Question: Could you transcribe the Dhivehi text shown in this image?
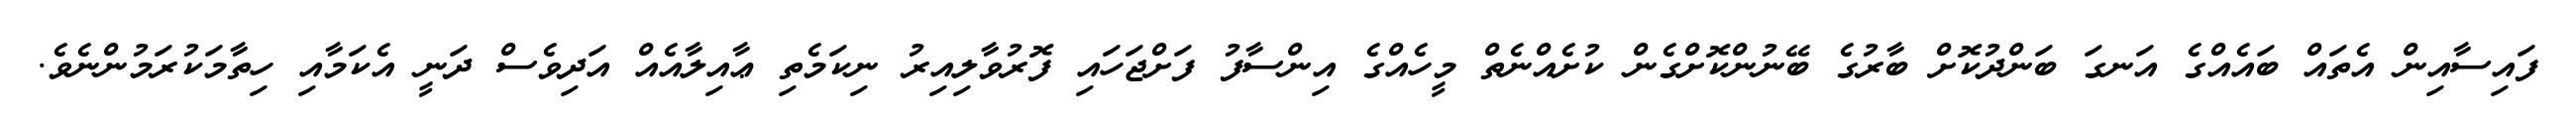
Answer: ފައިސާއިން އެތައް ބައެއްގެ އަނގަ ބަންދުކޮށް ބާރުގެ ބޭނުންކޮށްގެން ކުށެއްނެތް މީހެއްގެ އިންސާފު ފަށްޖަހައި ފޮރުވާލިއިރު ނިކަމެތި ޢާއިލާއެއް އަދިވެސް ދަނީ އެކަމާއި ހިތާމަކުރަމުންނެވެ.